Rangoon Lunatic Asylum 1878-1892 - 1878-1892
Year: 1878
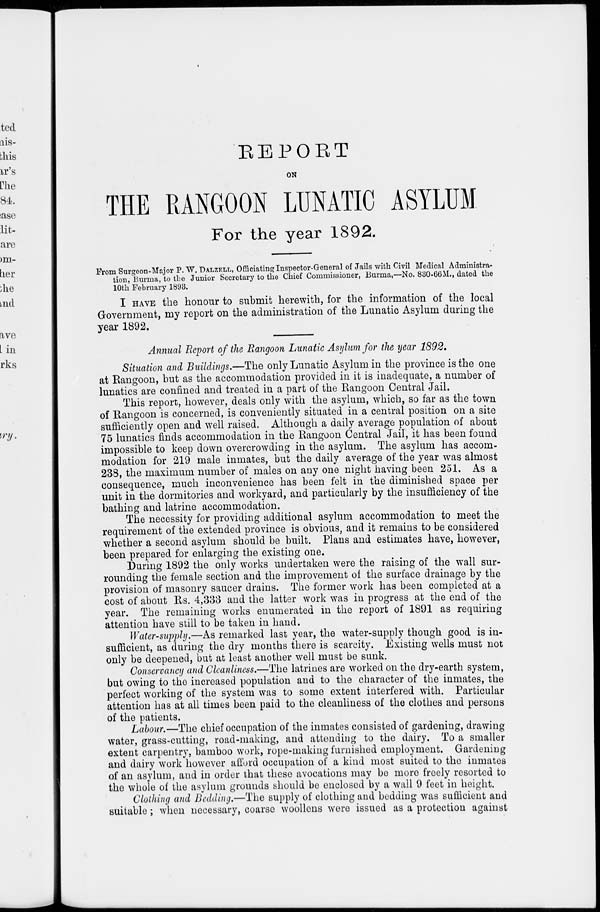
REPORT
ON
THE RANGOON LUNATIC ASYLUM
For the year 1892.
From Surgeon-Major P. W. DALZELL, Officiating Inspector-General of Jails with Civil Medical Administra-
tion, Burma, to the Junior Secretary to the Chief Commissioner, Burma,—No. 830-66M., dated the
10th February 1893.
I HAVE the honour to submit herewith, for the information of the local
Government, my report on the administration of the Lunatic Asylum during the
year 1892.
Annual Report of the Rangoon Lunatic Asylum for the year 1892.
Situation and Buildings.—The only Lunatic Asylum in the province is the one
at Rangoon, but as the accommodation provided in it is inadequate, a number of
lunatics are confined and treated in a part of the Rangoon Central Jail.
This report, however, deals only with the asylum, which, so far as the town
of Rangoon is concerned, is conveniently situated in a central position on a site
sufficiently open and well raised. Although a daily average population of about
75 lunatics finds accommodation in the Rangoon Central Jail, it has been found
impossible to keep down overcrowding in the asylum. The asylum has accom-
modation for 219 male inmates, but the daily average of the year was almost
238, the maximum number of males on any one night having been 251. As a
consequence, much inconvenience has been felt in the diminished space per
unit in the dormitories and workyard, and particularly by the insufficiency of the
bathing and latrine accommodation.
The necessity for providing additional asylum accommodation to meet the
requirement of the extended province is obvious, and it remains to be considered
whether a second asylum should be built. Plans and estimates have, however,
been prepared for enlarging the existing one.
During 1892 the only works undertaken were the raising of the wall sur-
rounding the female section and the improvement of the surface drainage by the
provision of masonry saucer drains. The former work has been completed at a
cost of about Rs. 4,333 and the latter work was in progress at the end of the
year. The remaining works enumerated in the report of 1891 as requiring
attention have still to be taken in hand.
Water-supply.—As remarked last year, the water-supply though good is in-
sufficient, as during the dry months there is scarcity. Existing wells must not
only be deepened, but at least another well must be sunk.
Conservancy and Cleanliness.—The latrines are worked on the dry-earth system,
but owing to the increased population and to the character of the inmates, the
perfect working of the system was to some extent interfered with. Particular
attention has at all times been paid to the cleanliness of the clothes and persons
of the patients.
Labour.—The chief occupation of the inmates consisted of gardening, drawing
water, grass-cutting, road-making, and attending to the dairy. To a smaller
extent carpentry, bamboo work, rope-making furnished employment. Gardening
and dairy work however afford occupation of a kind most suited to the inmates
of an asylum, and in order that these avocations may be more freely resorted to
the whole of the asylum grounds should be enclosed by a wall 9 feet in height.
Clothing and Bedding.—The supply of clothing and bedding was sufficient and
suitable; when necessary, coarse woollens were issued as a protection against